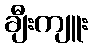
ချီးကျူး